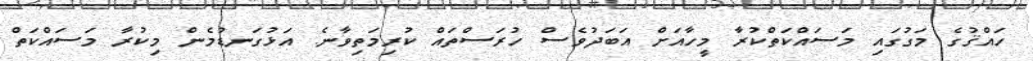
ހައްޤުގެ މަގުގައި މަސައްކަތްކުރާ މީހާއަށް އަބަދުވެސް ހުރަސްތައް ކުރިމަތިވާނެ. އަޅުގަނޑުމެން މިކުރާ މަސައްކަތް